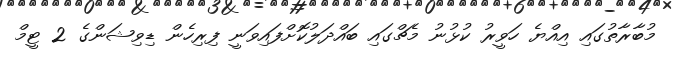
މުބާރާތުގައި އިއްޔެ ހަވީރު ކުޅުނު މެޗްގައި ބައްދަލުކޮށްފައިވަނީ ފިރިހެން ޑިވިޝަންގެ 2 ޓީމް